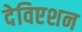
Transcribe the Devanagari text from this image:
देविएशन